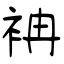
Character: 袡